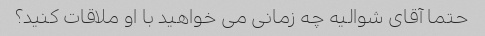
حتما آقای شوالیه چه زمانی می خواهید با او ملاقات کنید؟